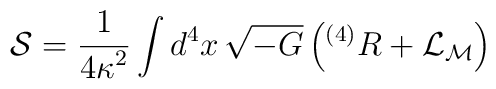
{\cal S}=\frac{1}{{4\kappa}^2}\int d^4x\, \sqrt{-G}   \left( {}^{(4)}R+{\cal L}_{\cal M}    \right)